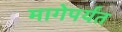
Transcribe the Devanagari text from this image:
मागेपर्यंत